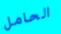
الحامل